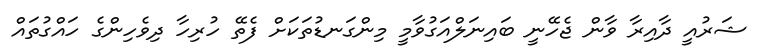
ޝަރުއީ ދާއިރާ ވާން ޖެހޭނީ ބައިނަލްއަގުވާމީ މިންގަނޑުތަކަށް ފެތޭ ހުރިހާ ދިވެހިންގެ ހައްގުތައް